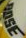
BOSE